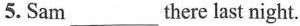
5. Sam ___ there last night.